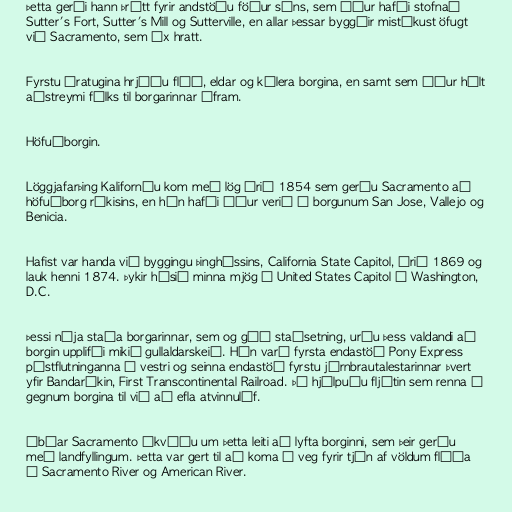
Þetta gerði hann þrátt fyrir andstöðu föður síns, sem áður hafði stofnað
Sutter's Fort, Sutter's Mill og Sutterville, en allar þessar byggðir mistókust öfugt
við Sacramento, sem óx hratt.

Fyrstu áratugina hrjáðu flóð, eldar og kólera borgina, en samt sem áður hélt
aðstreymi fólks til borgarinnar áfram.

Höfuðborgin.

Löggjafarþing Kaliforníu kom með lög árið 1854 sem gerðu Sacramento að
höfuðborg ríkisins, en hún hafði áður verið í borgunum San Jose, Vallejo og
Benicia.

Hafist var handa við byggingu þinghússins, California State Capitol, árið 1869 og
lauk henni 1874. Þykir húsið minna mjög á United States Capitol í Washington,
D.C.

Þessi nýja staða borgarinnar, sem og góð staðsetning, urðu þess valdandi að
borgin upplifði mikið gullaldarskeið. Hún varð fyrsta endastöð Pony Express
póstflutninganna í vestri og seinna endastöð fyrstu járnbrautalestarinnar þvert
yfir Bandaríkin, First Transcontinental Railroad. Þá hjálpuðu fljótin sem renna í
gegnum borgina til við að efla atvinnulíf.

Íbúar Sacramento ákváðu um þetta leiti að lyfta borginni, sem þeir gerðu
með landfyllingum. Þetta var gert til að koma í veg fyrir tjón af völdum flóða
í Sacramento River og American River.